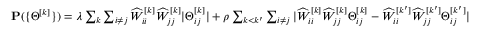
\begin{array} { r } { { \bf { P } } ( \{ \Theta ^ { [ k ] } \} ) = \lambda \sum _ { k } \sum _ { i \neq j } \widehat { W } _ { i i } ^ { [ k ] } \widehat { W } _ { j j } ^ { [ k ] } | \Theta _ { i j } ^ { [ k ] } | + \rho \sum _ { k < k ^ { \prime } } \sum _ { i \neq j } | \widehat { W } _ { i i } ^ { [ k ] } \widehat { W } _ { j j } ^ { [ k ] } \Theta _ { i j } ^ { [ k ] } - \widehat { W } _ { i i } ^ { [ k ^ { \prime } ] } \widehat { W } _ { j j } ^ { [ k ^ { \prime } ] } \Theta _ { i j } ^ { [ k ^ { \prime } ] } | } \end{array}